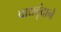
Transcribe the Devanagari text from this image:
वाद्यवृंदाने